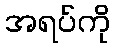
အရပ်ကို